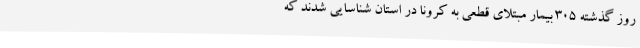
روز گذشته 305 بیمار مبتلای قطعی به کرونا در استان شناسایی شدند که